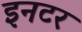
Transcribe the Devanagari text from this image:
इनटर